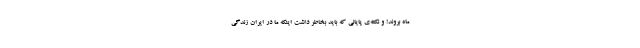
ماه بروند! و نکته‌ی پایانی که باید بخاطر داشت اینکه ما در ایران زندگی